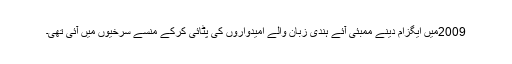
2009میں ایگزام دینے ممبئی آئے ہندی زبان والے امیدواروں کی پٹائی کرکے منسے سرخیوں میں آئی تھی۔